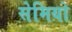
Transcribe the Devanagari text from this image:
सेमियो